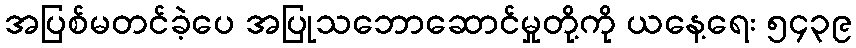
အပြစ်မတင်ခဲ့ပေ အပြုသဘောဆောင်မှုတို့ကို ယနေ့ရေး ၅၄၃၉